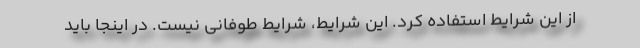
از این شرایط استفاده کرد. این شرایط، شرایط طوفانی نیست. در اینجا باید